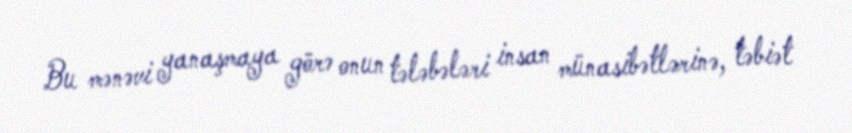
Bu mənəvi yanaşmaya görə onun tələbələri insan münasibətlərinə, təbiət